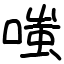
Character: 嗤